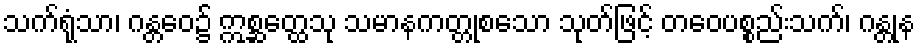
သက်ရုံသာ၊ ဂန္တဝေ၌ ဣစ္ဆတ္ထေသု သမာနကတ္တုစသော သုတ်ဖြင့် တဝေပစ္စည်းသက်၊ ဂန္တုန